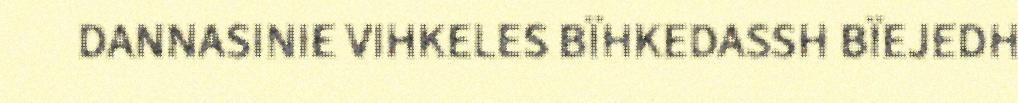
DANNASINIE VIHKELES BÏHKEDASSH BÏEJEDH